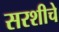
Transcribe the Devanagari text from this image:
सरशीचे